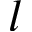
l